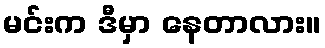
မင်းက ဒီမှာ နေတာလား။